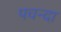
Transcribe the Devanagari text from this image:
पचन्दा